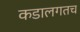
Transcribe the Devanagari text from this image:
कडालगतच